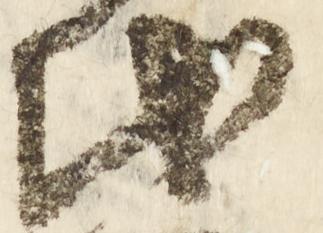
氏